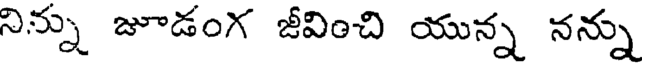
నిన్ను జూడంగ జీవించి యున్న నన్ను